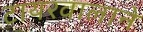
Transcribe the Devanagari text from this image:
टायरवालाने